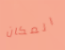
المكان